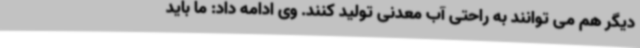
دیگر هم می توانند به راحتی آب معدنی تولید کنند. وی ادامه داد: ما باید